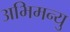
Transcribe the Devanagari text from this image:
अभिमन्‍यु